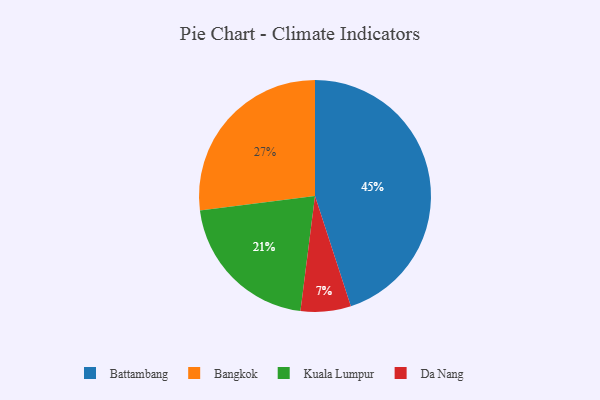
{"axis": {"x": "Category", "y": "Percentage"}, "legend": ["Bangkok", "Battambang", "Da Nang", "Kuala Lumpur"], "data": [{"x": "Da Nang", "y": 7, "type": "Da Nang"}, {"x": "Kuala Lumpur", "y": 21, "type": "Kuala Lumpur"}, {"x": "Battambang", "y": 45, "type": "Battambang"}, {"x": "Bangkok", "y": 27, "type": "Bangkok"}]}